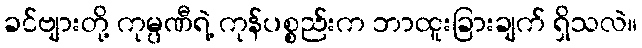
ခင်ဗျားတို့ ကုမ္ပဏီရဲ့ ကုန်ပစ္စည်းက ဘာထူးခြားချက် ရှိသလဲ။